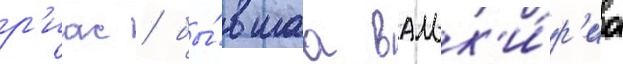
р'иас / бы́вшаа вальк'и́р'иа